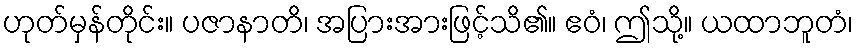
ဟုတ်မှန်တိုင်း။ ပဇာနာတိ၊ အပြားအားဖြင့်သိ၏။ ဧဝံ၊ ဤသို့။ ယထာဘူတံ၊